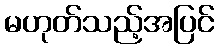
မဟုတ်သည့်အပြင်